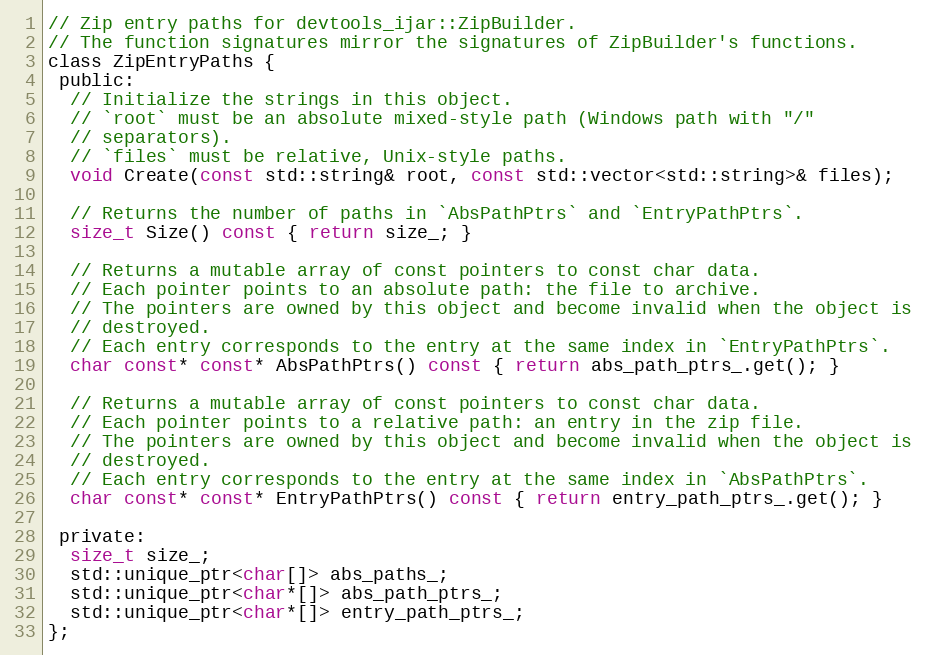
Language: C
// Zip entry paths for devtools_ijar::ZipBuilder.
// The function signatures mirror the signatures of ZipBuilder's functions.
class ZipEntryPaths {
 public:
  // Initialize the strings in this object.
  // `root` must be an absolute mixed-style path (Windows path with "/"
  // separators).
  // `files` must be relative, Unix-style paths.
  void Create(const std::string& root, const std::vector<std::string>& files);

  // Returns the number of paths in `AbsPathPtrs` and `EntryPathPtrs`.
  size_t Size() const { return size_; }

  // Returns a mutable array of const pointers to const char data.
  // Each pointer points to an absolute path: the file to archive.
  // The pointers are owned by this object and become invalid when the object is
  // destroyed.
  // Each entry corresponds to the entry at the same index in `EntryPathPtrs`.
  char const* const* AbsPathPtrs() const { return abs_path_ptrs_.get(); }

  // Returns a mutable array of const pointers to const char data.
  // Each pointer points to a relative path: an entry in the zip file.
  // The pointers are owned by this object and become invalid when the object is
  // destroyed.
  // Each entry corresponds to the entry at the same index in `AbsPathPtrs`.
  char const* const* EntryPathPtrs() const { return entry_path_ptrs_.get(); }

 private:
  size_t size_;
  std::unique_ptr<char[]> abs_paths_;
  std::unique_ptr<char*[]> abs_path_ptrs_;
  std::unique_ptr<char*[]> entry_path_ptrs_;
};